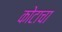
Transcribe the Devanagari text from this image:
कोटाचा